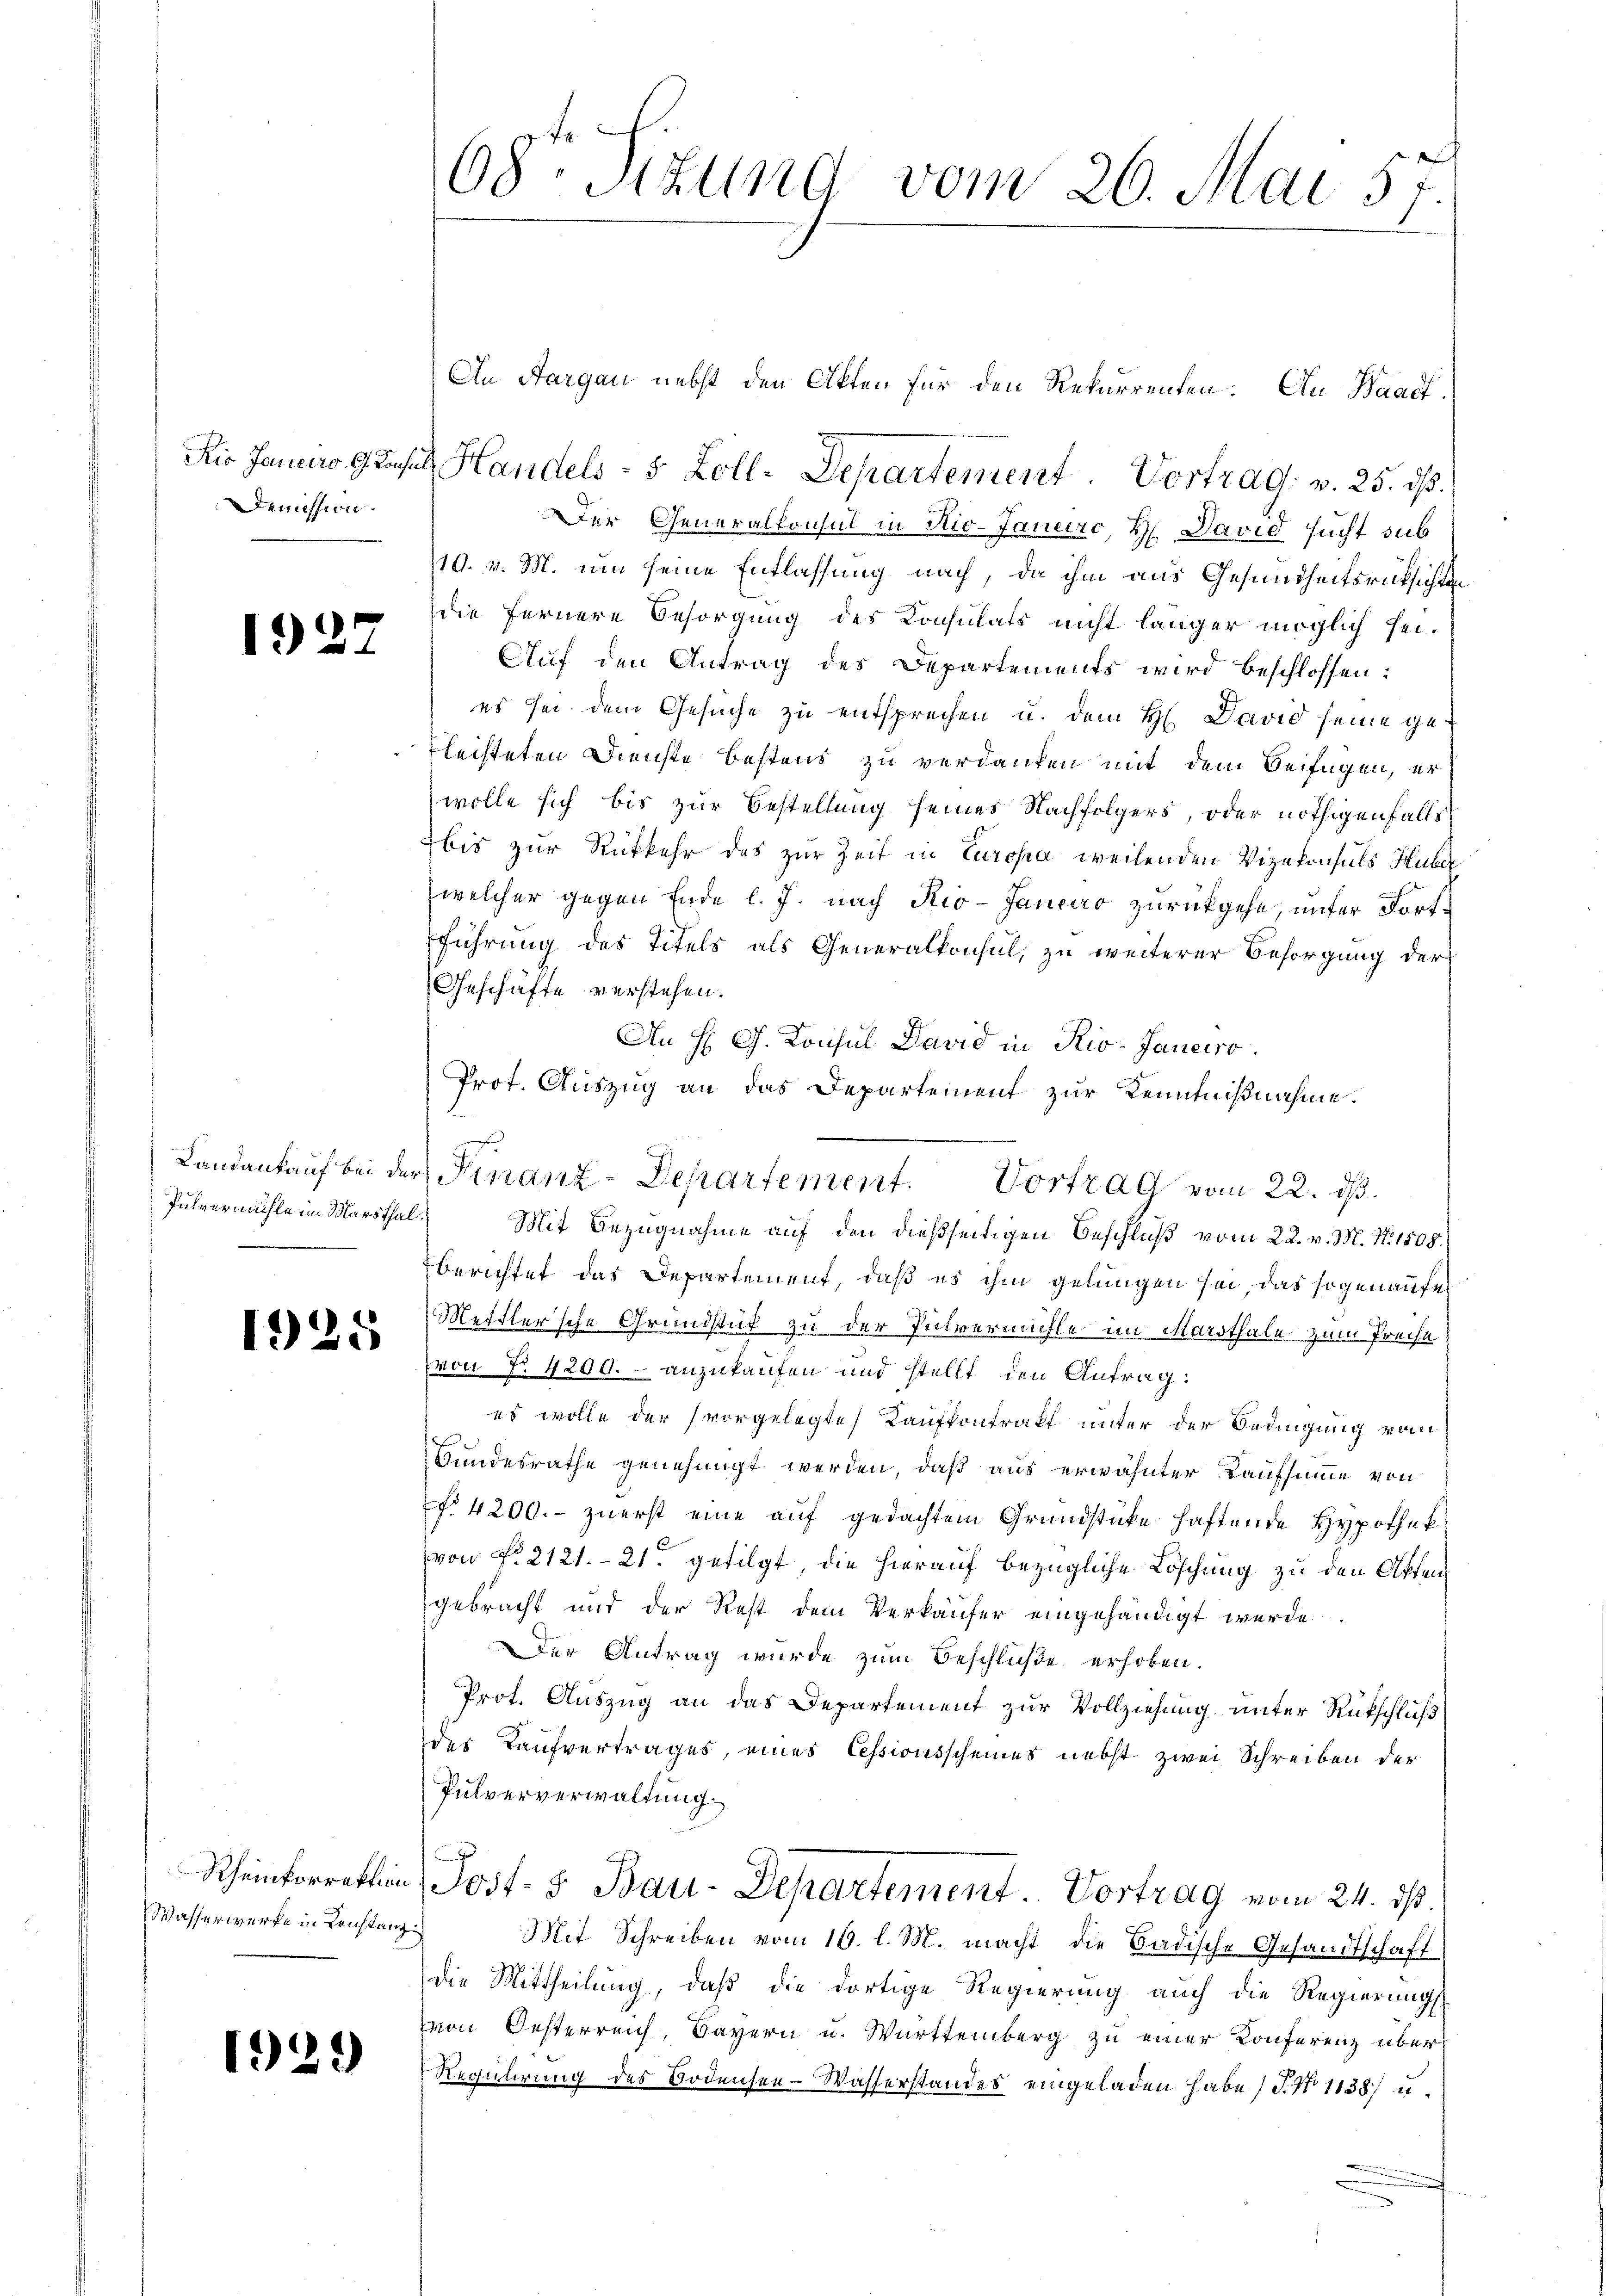
Demission.

192.

Wasserwerfe in Konstanz

1925

1929

68. Situng vom 26. Mai 57.

Kir Janeiro 9. Jesus Handels- 5 Zoll-Departement. Vortrad. v. 25. dß.

Landankauf bei der Finanz-Departement. Vortrag vom 22. ds.

An Aargau nebst den Akten für den Rekurrenten. Au Waadt.
Der Generalkonsul in Rio- Janurc, H. David sucht sub
19. v. M. um seine Entlassung nach, da ihm aus Gesundheitsrücksichten
die fernere Besorgung des Konsulats nicht länger möglich sei.
Auf den Antrag des Departements wird beschlossen:
es sei dem Gesuche zu entsprechen u. dem H. David seine ge¬
Flechteten Dienste bestens zu verdanken mit dem Beifügen, er
wolle sich bis zur Bestellung seines Nachfolgers, oder nöthigenfalls
bis zur Rückkehr des zur Zeit in Europa weilenden Vizekonsuls Huber
welcher gegen Ende l. J. nach Kio-Jancar zurückgehe, unter Fortführung des Titels als Generalkonsul, zu weiterer Besorgung der
Geschäfte verstehen.
An H. G. Konsul David in Riv-Janeiro
Prot. Auszug an das Departement zur Kenntnißnahme.
Pulvermühle im Marthal. Mit Bezugnahme auf den dießseitigen Beschluß vom 22. v. M. N. 1508.
berichtet das Departement, daß es ihm gelungen sei, das sogenaufe
Mettlersche Grundstück zu der Pulvermühle im Marsthale zum Preise
von No 4200.- anzukaufen und stellt den Antrag:
es wolle der vorgelegte Kaufkontrakt unter der Bedingung vom
Bundesrathe genehmigt werden, daß aus erwähnter Kaufsumme von
f. 4200.- zuerst eine auf gedachtem Grundstücke haftende Hypothek
von No 2121. 21. gefilgt, die hierauf bezügliche Löschung zu den Aktengebracht und der Rest dem Verkäufer eingehändigt werde.
Der Antrag wurde zum Beschluße erhoben.
Prot. Auszug an das Departement zur Vollziehung unter Rückschluß
der Kaufvertrages, eines Cessionsscheines nebst zwei Schreiben der
Pulververwaltung.
Rheinkorrektion, Post- 5. Bau-Departement. Vortrag vom 24. ds.
Mit Schreiben vom 16. l. M. macht die Badische Gesandtschaft
die Mittheilung, daß die dortige Regierung auch die Regierungs
on Oesterreich, Bayern u. Württemberg zu einer Konferenz über¬
Rechnuerung des Bodensee-Wasserstandes eingeladen habe (T. N. 1138) u.
.